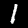
Label: 1